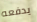
يدفعه